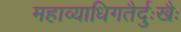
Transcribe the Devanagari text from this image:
महाव्याधिगतैर्दुःखैः